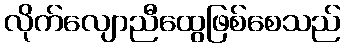
လိုက်လျောညီထွေဖြစ်စေသည်